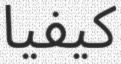
كيفيا